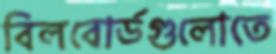
বিলবোর্ডগুলোতে